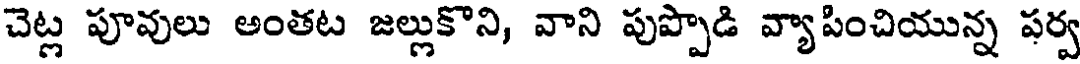
చెట్ల పూవులు అంతట జల్లుకొని, వాని పుప్పొడి వ్యాపించియున్న పర్వ